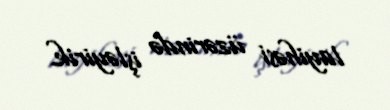
layihəsi üzərində işləyirik.